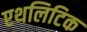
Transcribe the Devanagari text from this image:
एथलिटिक